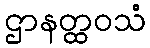
ဌာနတ္ထဝသံ